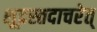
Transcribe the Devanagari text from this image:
शूद्रस्तदाचरेत्